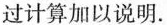
过计算加以说明。